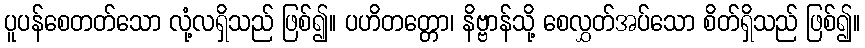
ပူပန်စေတတ်သော လုံ့လရှိသည် ဖြစ်၍။ ပဟိတတ္တော၊ နိဗ္ဗာန်သို့ စေလွှတ်အပ်သော စိတ်ရှိသည် ဖြစ်၍။